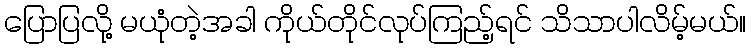
ပြောပြလို့ မယုံတဲ့အခါ ကိုယ်တိုင်လုပ်ကြည့်ရင် သိသာပါလိမ့်မယ်။